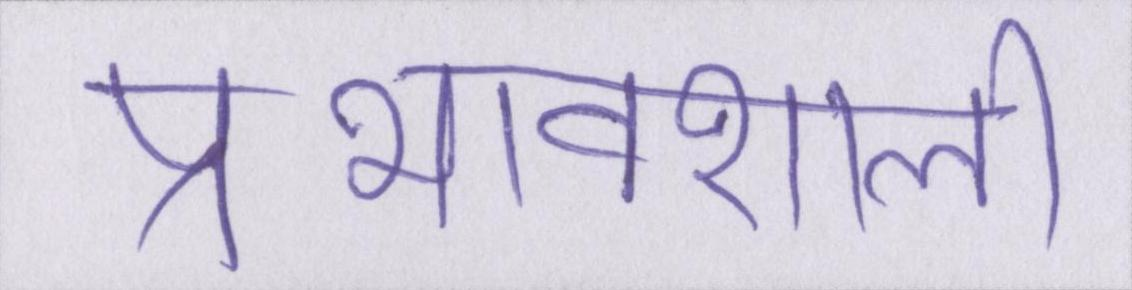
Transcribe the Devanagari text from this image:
प्रभावशाली